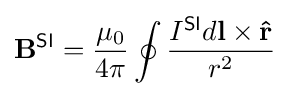
\mathbf {B} ^{\textsf {SI}}={\frac {\mu _{0}}{4\pi }}\oint {\frac {I^{\textsf {SI}}d\mathbf {l} \times \mathbf {\hat {r}} }{r^{2}}}